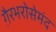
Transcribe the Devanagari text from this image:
ग़ैरभरोसेमंद